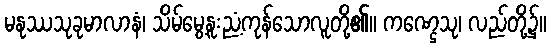
မနုဿသုခုမာလာနံ၊ သိမ်မွေ့နူးညံ့ကုန်သောလူတို့၏။ ကဏ္ဌေသု၊ လည်တို့၌။